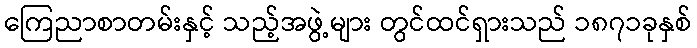
ကြေညာစာတမ်းနှင့် သည့်အဖွဲ့များ တွင်ထင်ရှားသည် ၁၈၇၁ခုနှစ်